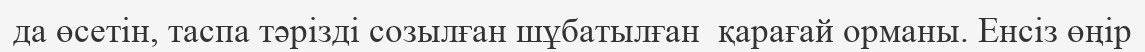
да өсетін, таспа тәрізді созылған шұбатылған  қарағай орманы. Енсіз өңір